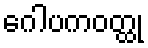
ဂေါပကဝတ္ထု